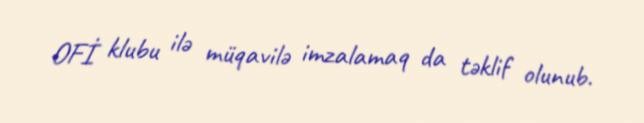
OFİ klubu ilə müqavilə imzalamaq da təklif olunub.